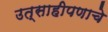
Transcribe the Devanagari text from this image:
उत्साहीपणाचे